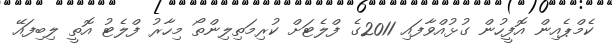
ކެމްޕެއިން އޮފީހުން ގުޅުއްވާފައި 2011ގެ ފްލެޓަށް ކުރިމަތިލިންތޯ މިހާރު ފްލެޓު އޮތީ ލިބިފައޭ